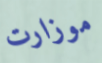
موزارت